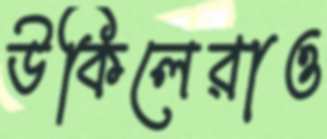
উকিলেরাও